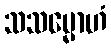
သသမ္မောဟံ